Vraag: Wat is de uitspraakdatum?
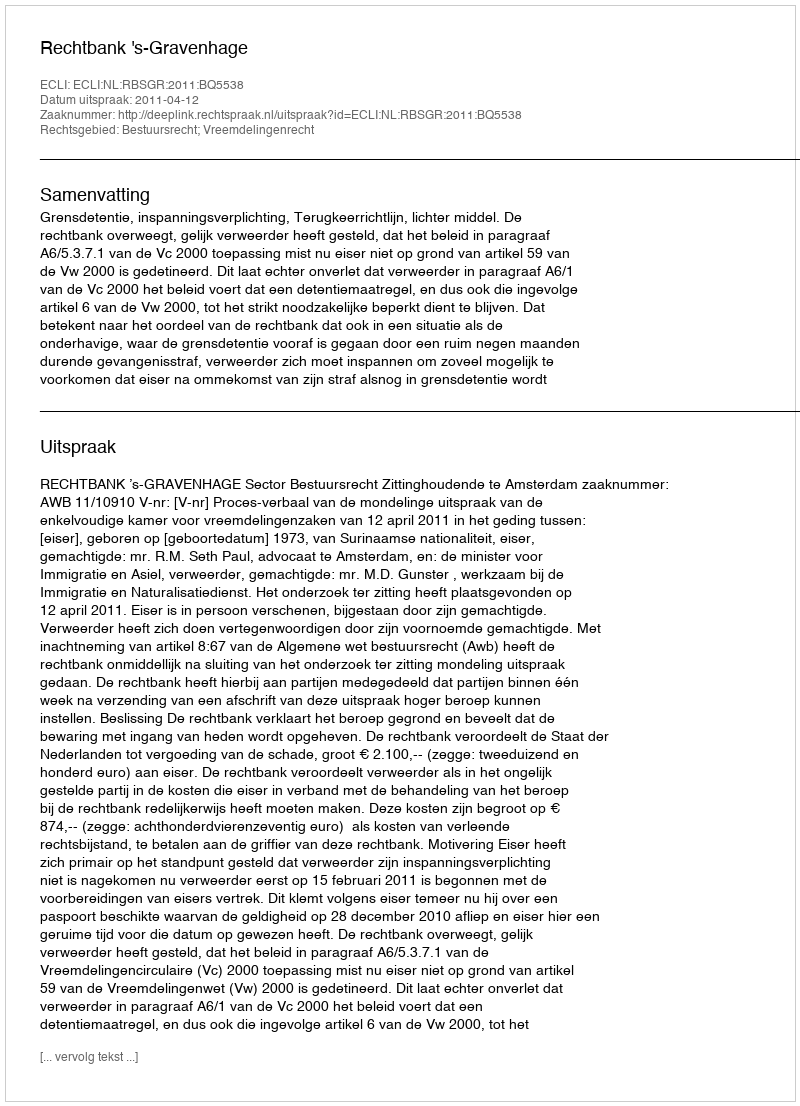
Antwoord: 2011-04-12